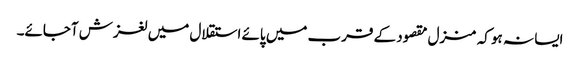
ایسا نہ ہو کہ منزل مقصود کے قرب میں پائے استقلال میں لغزش آجائے۔